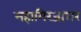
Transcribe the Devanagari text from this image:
महागिरजाघर